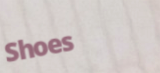
Shoes